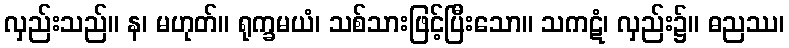
လှည်းသည်။ န၊ မဟုတ်။ ရုက္ခမယံ၊ သစ်သားဖြင့်ပြီးသော။ သကဋံ၊ လှည်း၌။ ဓညဿ၊